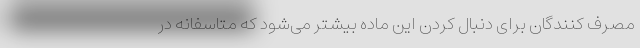
مصرف کنندگان برای دنبال کردن این ماده بیشتر می‌شود که متاسفانه در